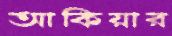
আকিয়ার